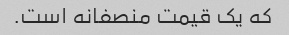
که یک قیمت منصفانه است.